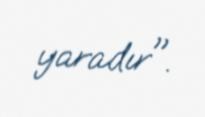
yaradır".